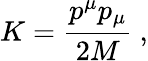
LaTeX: K=\frac{p^{\mu}p_{\mu}}{2M}\ ,